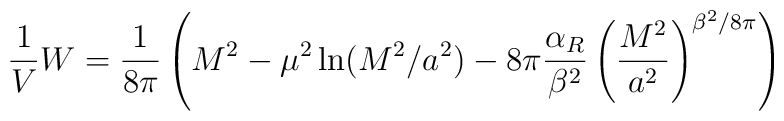
\frac{1}{V}W=\frac{1}{8\pi}\left( M^2-\mu^2\ln(M^2/a^2)-8\pi\frac{\alpha_R}{\beta^2}\left( \frac{ M^2}{a^2}\right)^{\beta^2/8\pi}\right)